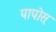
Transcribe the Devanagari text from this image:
पापोस़